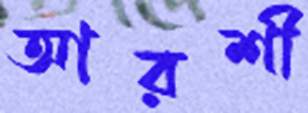
আরশী